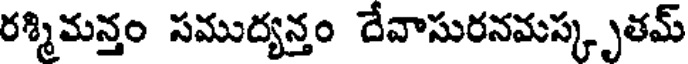
రశ్మిమన్తం సముద్యన్తం దేవాసురనమస్కృతమ్